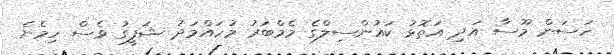
ހަސަން މޫސާ އަދި އަތޮޅު ކައުންސިލްގެ މެމްބަރު މުހައްމަދު ޝަފީގު ވެސް ހިމެނެ